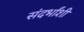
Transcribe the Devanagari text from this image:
संदर्भांशी